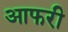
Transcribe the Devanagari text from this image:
आफरी